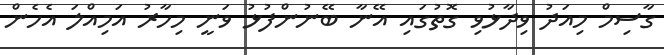
ގާސިމް މިއަދު ވިދާޅުވި ގޮތުގައި އޭނާ ބޭނުންފުޅު ވަނީ މިހާރު އަމިއްލަ އެހެން